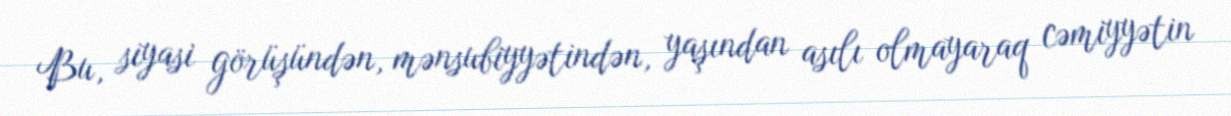
Bu, siyasi görüşündən, mənsubiyyətindən, yaşından asılı olmayaraq cəmiyyətin